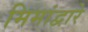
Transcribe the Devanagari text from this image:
मिमांद्वारे